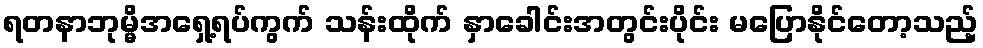
ရတနာဘုမ္မိအရှေ့ရပ်ကွက် သန်းထိုက် နှာခေါင်းအတွင်းပိုင်း မပြောနိုင်တော့သည့်